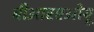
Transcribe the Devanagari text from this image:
बीआरएओयू